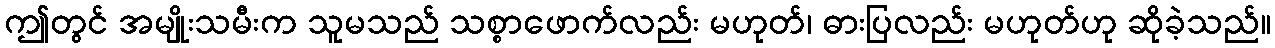
ဤတွင် အမျိုးသမီးက သူမသည် သစ္စာဖောက်လည်း မဟုတ်၊ ဓားပြလည်း မဟုတ်ဟု ဆိုခဲ့သည်။